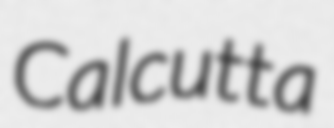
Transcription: Calcutta